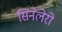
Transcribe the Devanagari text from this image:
सिनेलेरो